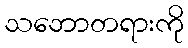
သဘောတရားကို